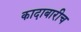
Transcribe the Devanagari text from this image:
कादाबारीच